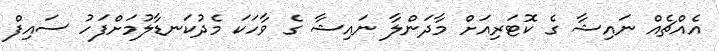
އެއްޗެއް ނައިޝާ ގެ ކޮޓަރިއަށް މާދަންލާ ނައިޝާ ގެ ވާހަކަ މެދުކަނޑާލުމަށްފަހު ސައިފް